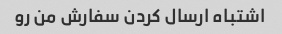
اشتباه ارسال کردن سفارش من رو